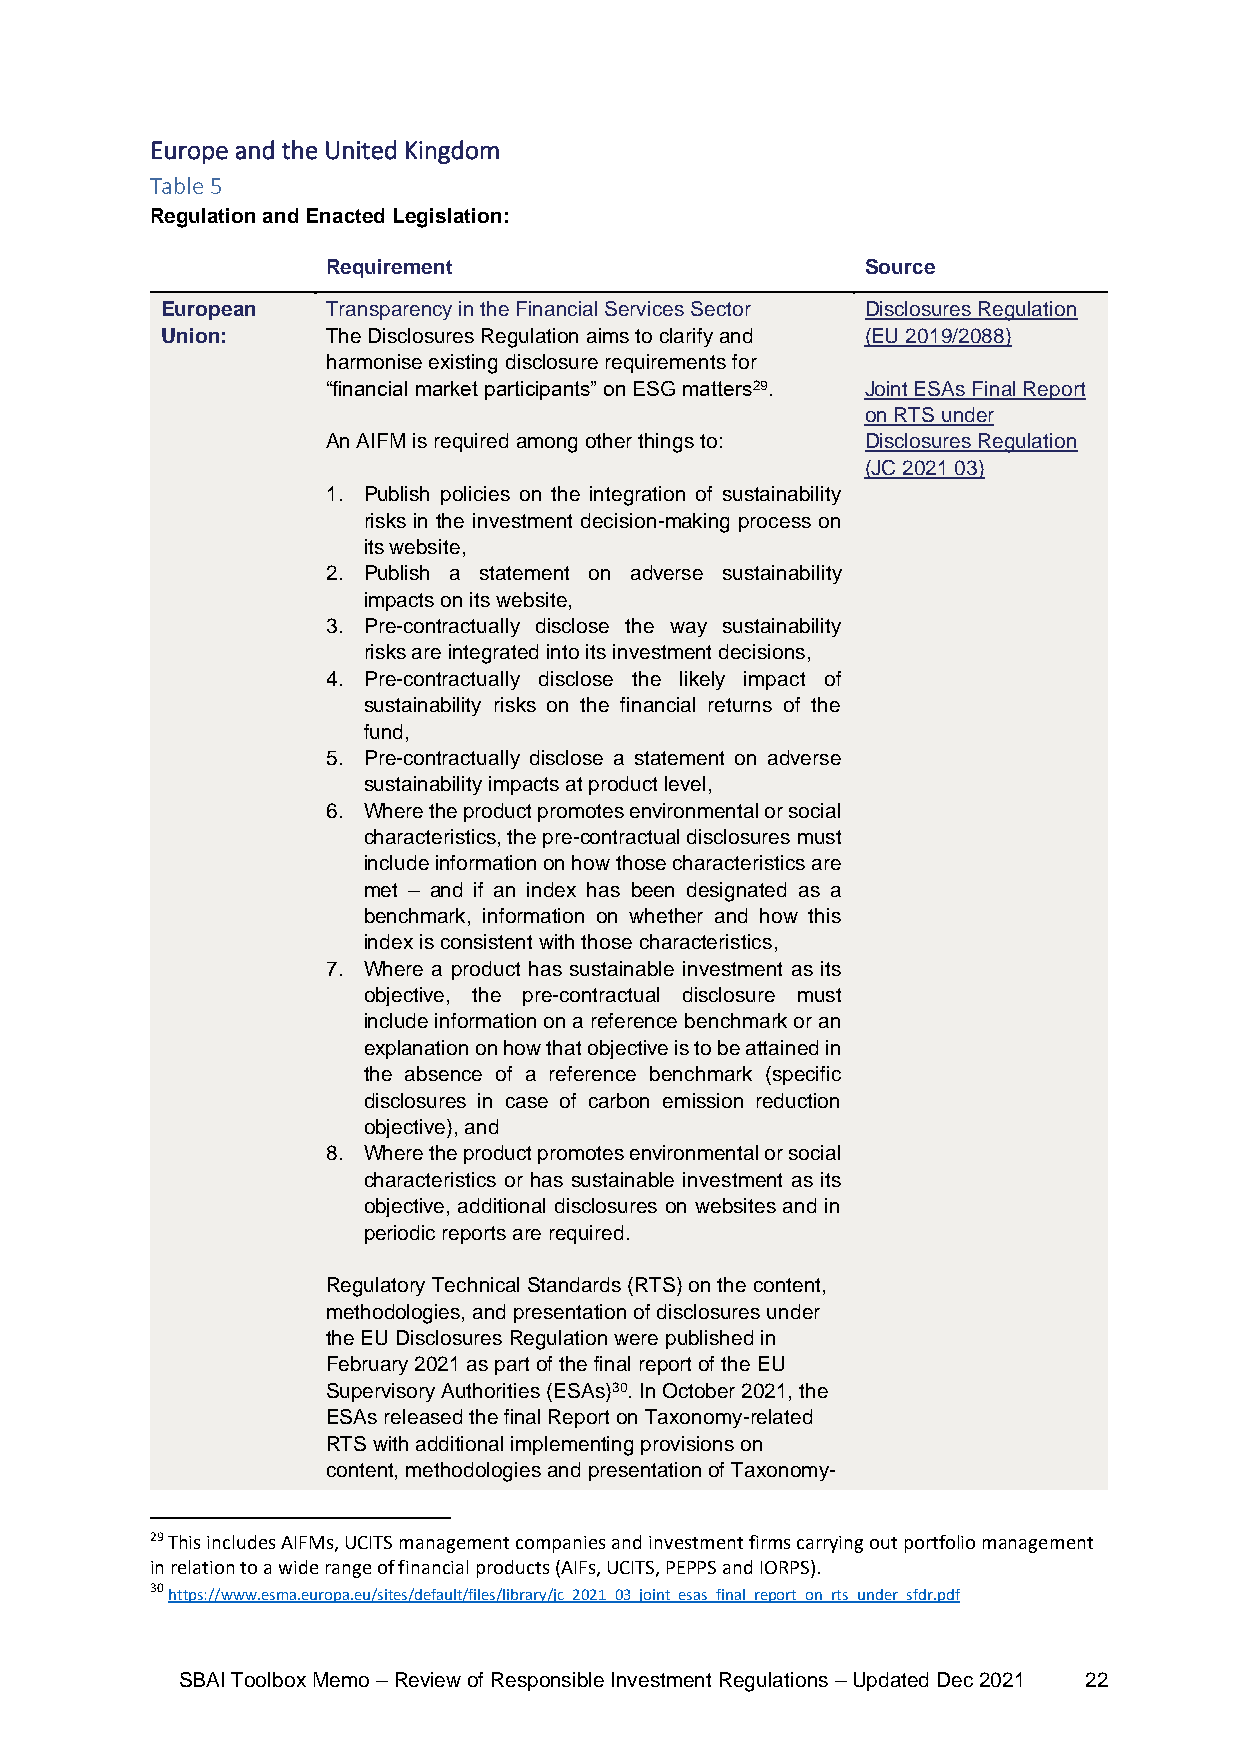
Europe and the United Kingdom
 Table 5
 Regulation and Enacted Legislation:
 Requirement                        Source
 European   Transparency in the Financial Services Sector Disclosures Regulation
 Union:     The Disclosures Regulation aims to clarify and (EU 2019/2088)
 harmonise existing disclosure requirements for
 “financial market participants” on ESG matters29. Joint ESAs Final Report
 on RTS under
 An AIFM is required among other things to: Disclosures Regulation
 (JC 2021 03)
 1. Publish policies on the integration of sustainability
 risks in the investment decision-making process on
 its website,
 2. Publish a statement on adverse sustainability
 impacts on its website,
 3. Pre-contractually disclose the way sustainability
 risks are integrated into its investment decisions,
 4. Pre-contractually disclose the likely impact of
 sustainability risks on the financial returns of the
 fund,
 5. Pre-contractually disclose a statement on adverse
 sustainability impacts at product level,
 6. Where the product promotes environmental or social
 characteristics, the pre-contractual disclosures must
 include information on how those characteristics are
 met – and if an index has been designated as a
 benchmark, information on whether and how this
 index is consistent with those characteristics,
 7. Where a product has sustainable investment as its
 objective, the pre-contractual disclosure must
 include information on a reference benchmark or an
 explanation on how that objective is to be attained in
 the absence of a reference benchmark (specific
 disclosures in case of carbon emission reduction
 objective), and
 8. Where the product promotes environmental or social
 characteristics or has sustainable investment as its
 objective, additional disclosures on websites and in
 periodic reports are required.
 Regulatory Technical Standards (RTS) on the content,
 methodologies, and presentation of disclosures under
 the EU Disclosures Regulation were published in
 February 2021 as part of the final report of the EU
 Supervisory Authorities (ESAs)30. In October 2021, the
 ESAs released the final Report on Taxonomy-related
 RTS with additional implementing provisions on
 content, methodologies and presentation of Taxonomy-
 29 This includes AIFMs, UCITS management companies and investment firms carrying out portfolio management
 in relation to a wide range of financial products (AIFs, UCITS, PEPPS and IORPS).
 30 https://www.esma.europa.eu/sites/default/files/library/jc_2021_03_joint_esas_final_report_on_rts_under_sfdr.pdf
 SBAI Toolbox Memo – Review of Responsible Investment Regulations – Updated Dec 2021 22